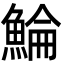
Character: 鯩